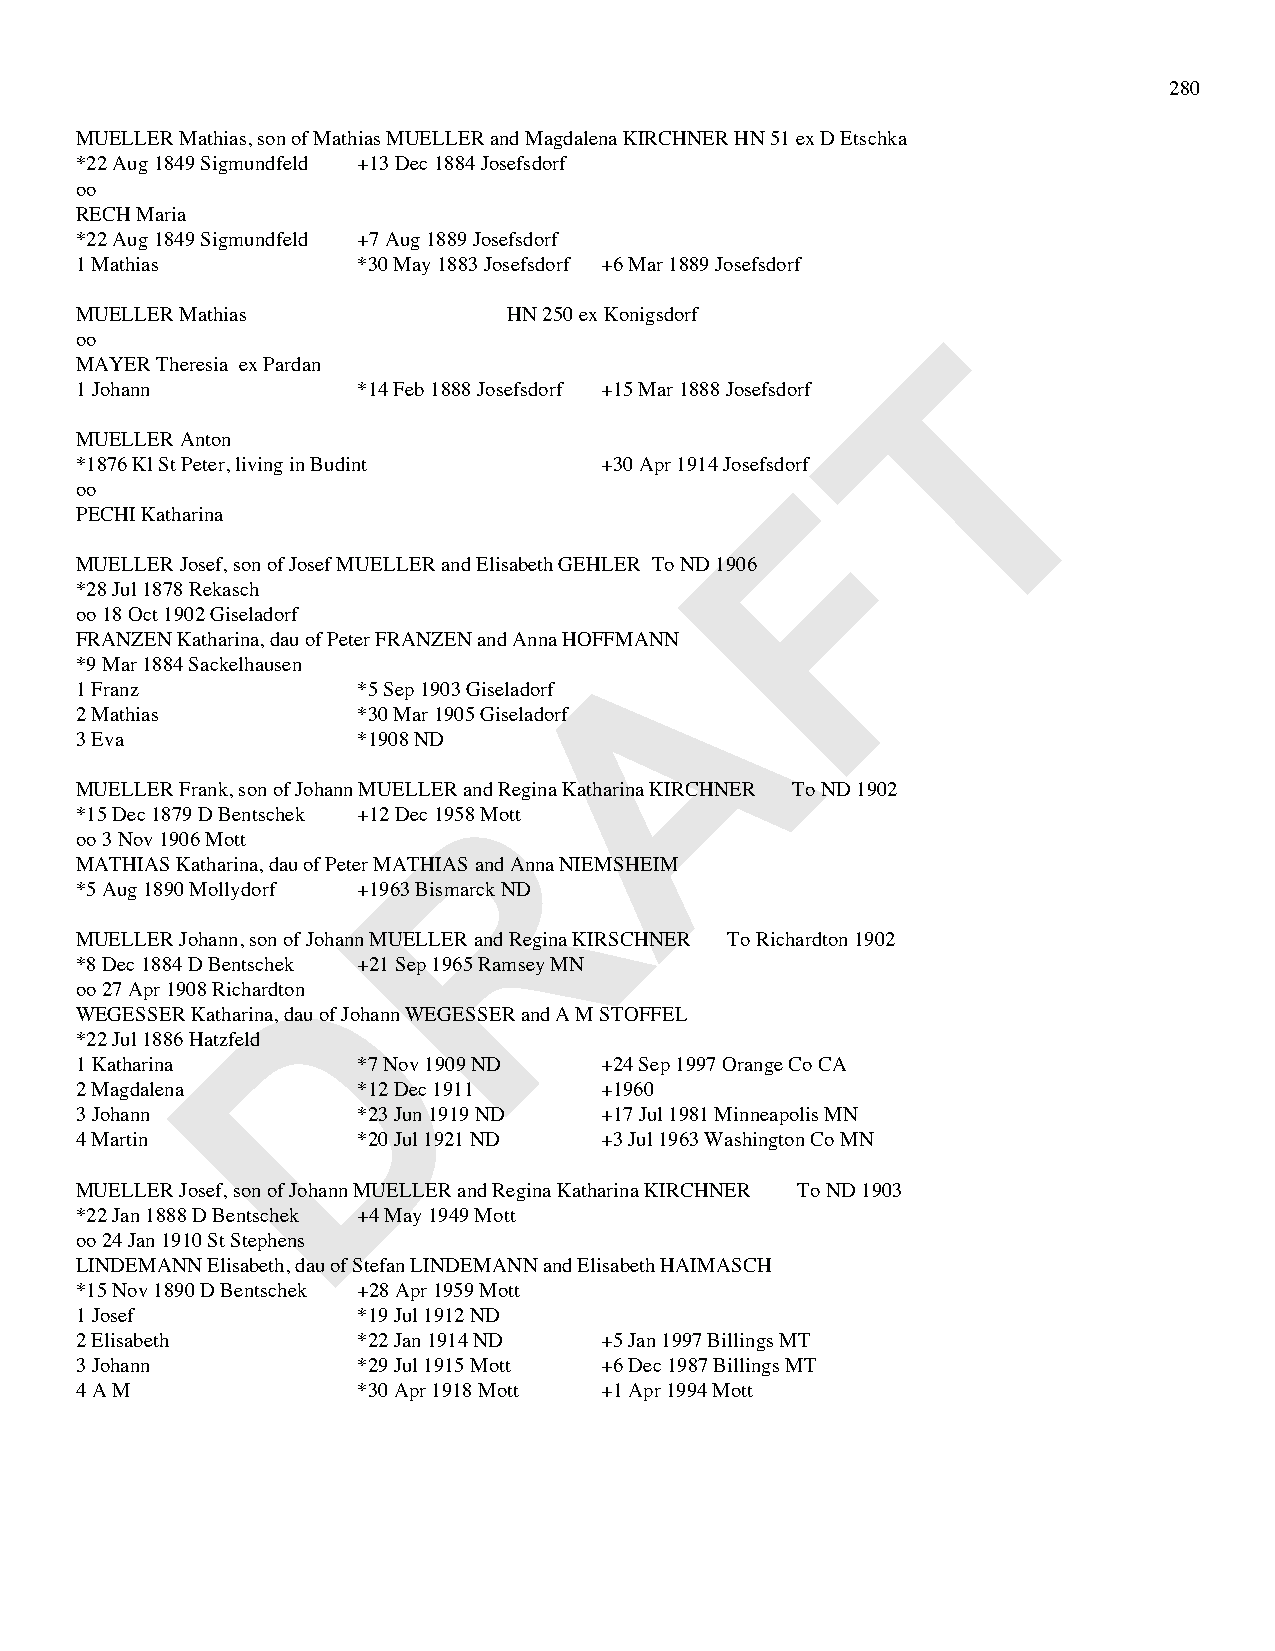
280
 MUELLER Mathias, son of Mathias MUELLER and Magdalena KIRCHNER HN 51 ex D Etschka
 *22 Aug 1849 Sigmundfeld +13 Dec 1884 Josefsdorf
 oo
 RECH Maria
 *22 Aug 1849 Sigmundfeld +7 Aug 1889 Josefsdorf
 1 Mathias          *30 May 1883 Josefsdorf +6 Mar 1889 Josefsdorf
 MUELLER Mathias              HN 250 ex Konigsdorf
 T
 oo
 MAYER Theresia ex Pardan
 1 Johann           *14 Feb 1888 Josefsdorf +15 Mar 1888 Josefsdorf
 MUELLER Anton
 *1876 Kl St Peter, living in Budint +30 Apr 1914 JosefsdoFrf
 oo
 PECHI Katharina
 MUELLER Josef, son of Josef MUELLER and Elisabeth GEHLER To ND 1906
 *28 Jul 1878 Rekasch
 oo 18 Oct 1902 Giseladorf            A
 FRANZEN Katharina, dau of Peter FRANZEN and Anna HOFFMANN
 *9 Mar 1884 Sackelhausen
 1 Franz            *5 Sep 1903 Giseladorf
 2 Mathias          *30 Mar 1905 Giseladorf
 3 Eva              *1908 ND
 R
 MUELLER Frank, son of Johann MUELLER and Regina Katharina KIRCHNER To ND 1902
 *15 Dec 1879 D Bentschek +12 Dec 1958 Mott
 oo 3 Nov 1906 Mott
 MATHIAS Katharina, dau of Peter MATHIAS and Anna NIEMSHEIM
 *5 Aug 1890 Mollydorf +1963 Bismarck ND
 MUELLER Johann, son of Johann MUELLER and Regina KIRSCHNER To Richardton 1902
 D
 *8 Dec 1884 D Bentschek +21 Sep 1965 Ramsey MN
 oo 27 Apr 1908 Richardton
 WEGESSER Katharina, dau of Johann WEGESSER and A M STOFFEL
 *22 Jul 1886 Hatzfeld
 1 Katharina        *7 Nov 1909 ND  +24 Sep 1997 Orange Co CA
 2 Magdalena        *12 Dec 1911    +1960
 3 Johann           *23 Jun 1919 ND +17 Jul 1981 Minneapolis MN
 4 Martin           *20 Jul 1921 ND +3 Jul 1963 Washington Co MN
 MUELLER Josef, son of Johann MUELLER and Regina Katharina KIRCHNER To ND 1903
 *22 Jan 1888 D Bentschek +4 May 1949 Mott
 oo 24 Jan 1910 St Stephens
 LINDEMANN Elisabeth, dau of Stefan LINDEMANN and Elisabeth HAIMASCH
 *15 Nov 1890 D Bentschek +28 Apr 1959 Mott
 1 Josef            *19 Jul 1912 ND
 2 Elisabeth        *22 Jan 1914 ND +5 Jan 1997 Billings MT
 3 Johann           *29 Jul 1915 Mott +6 Dec 1987 Billings MT
 4 A M              *30 Apr 1918 Mott +1 Apr 1994 Mott